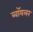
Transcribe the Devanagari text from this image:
ब्वॉयलर